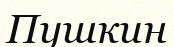
Пушкин